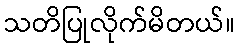
သတိပြုလိုက်မိတယ်။